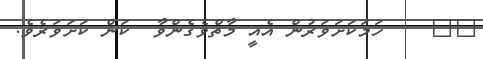
٧٧    ހަމަކަށަވަރުން އެއީ މާތްވެގެންވާ  ކަން ކަށަވަރެވެ.